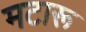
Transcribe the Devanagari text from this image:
मटारू